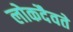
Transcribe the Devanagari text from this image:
लोकदैवते